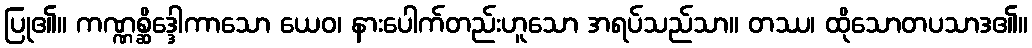
ပြု၏။ ကဏ္ဏစ္ဆိဒ္ဒေါကာသော ယေဝ၊ နားပေါက်တည်းဟူသော အရပ်သည်သာ။ တဿ၊ ထိုသောတပသာဒ၏။